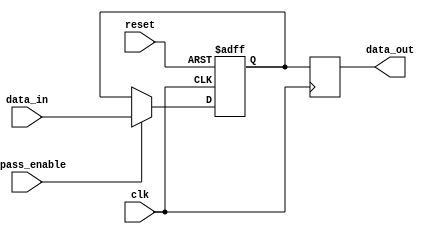
module variable_width_bypass_register (
    input wire clk,
    input wire reset,
    input wire bypass_enable,
    input wire [7:0] data_in,
    output reg [7:0] data_out
);

reg [7:0] internal_reg;

always @(posedge clk or posedge reset) begin
    if (reset) begin
        internal_reg <= 8'b0;
    end else begin
        if (bypass_enable) begin
            internal_reg <= data_in;
        end else begin
            internal_reg <= internal_reg;
        end
    end
end

always @(posedge clk) begin
    data_out <= internal_reg;
end

endmodule